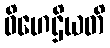
ဝိဟေဌိယတိ